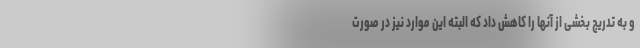
و به تدریج بخشی از آنها را کاهش داد که البته این موارد نیز در صورت